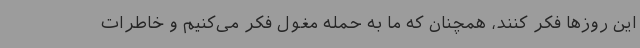
این روزها فکر کنند، همچنان که ما به حمله مغول فکر می‌کنیم و خاطرات